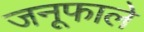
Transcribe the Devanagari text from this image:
जनूफाले